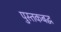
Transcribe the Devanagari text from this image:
पुस्तकबद्ध